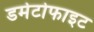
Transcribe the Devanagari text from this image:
डर्मेटोफाइट